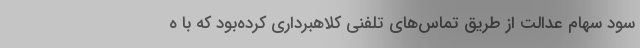
سود سهام عدالت از طریق تماس‌های تلفنی کلاهبرداری کرده‌بود که با ه